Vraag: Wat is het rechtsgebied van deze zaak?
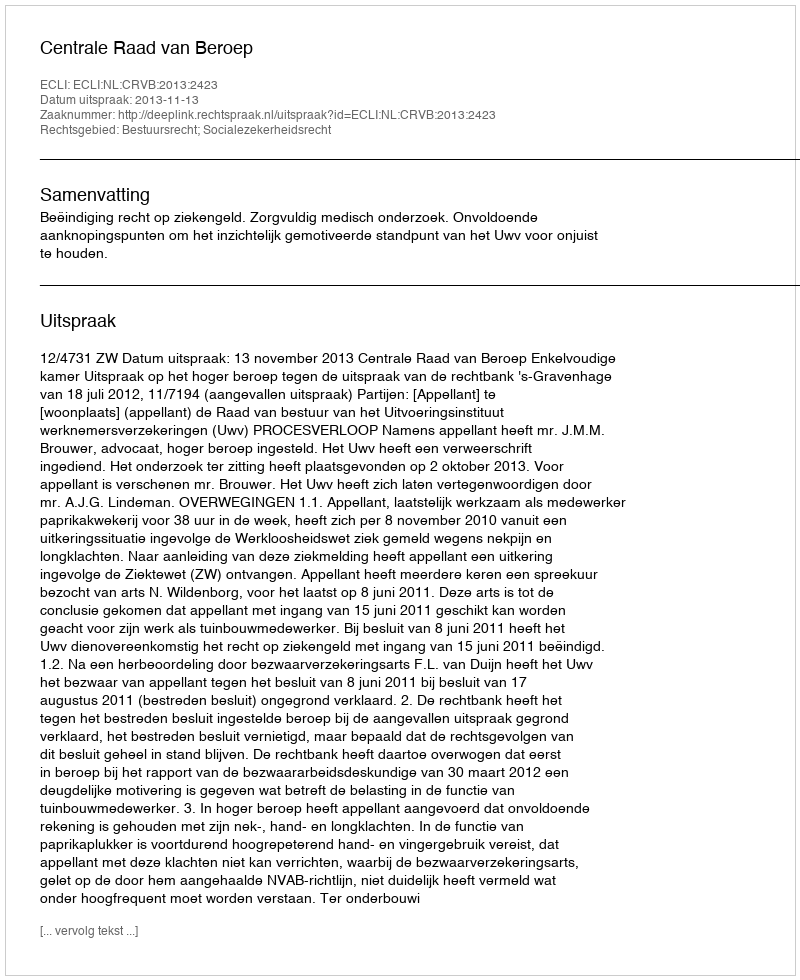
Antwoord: Bestuursrecht; Socialezekerheidsrecht